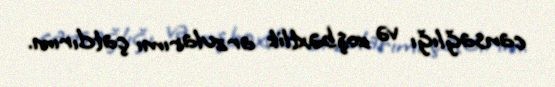
cansağlığı və xoşbəxtlik arzularımı çatdırım.